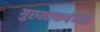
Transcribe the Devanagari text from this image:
गुरुत्त्वाकर्षणात